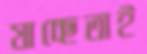
যাচ্ছেতাই